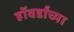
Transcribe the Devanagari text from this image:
हॉवर्डांच्या